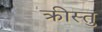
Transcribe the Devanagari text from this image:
क्रीस्तु